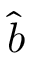
\hat { b }